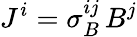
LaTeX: J^{i}=\sigma_{B}^{ij}\, B^{j}